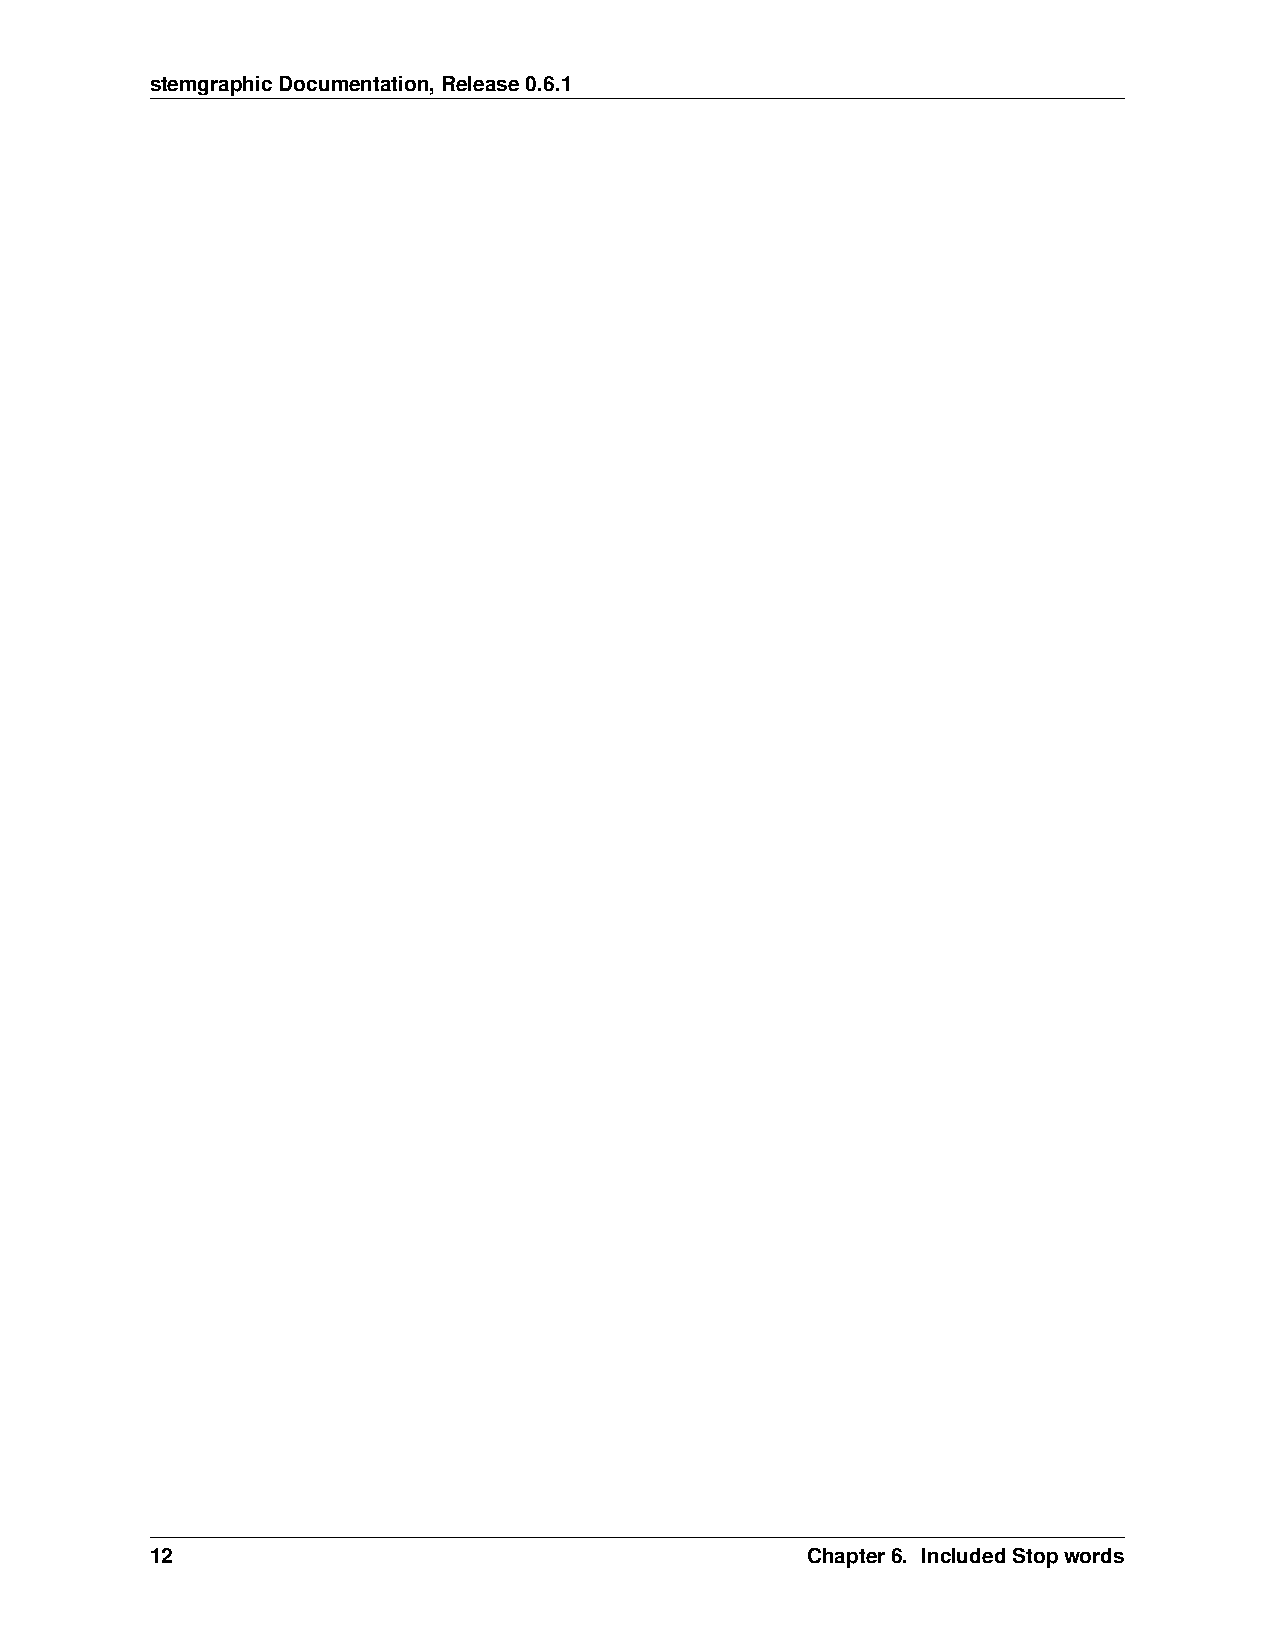
stemgraphicDocumentation,Release0.6.1
 12                                         Chapter6. IncludedStopwords